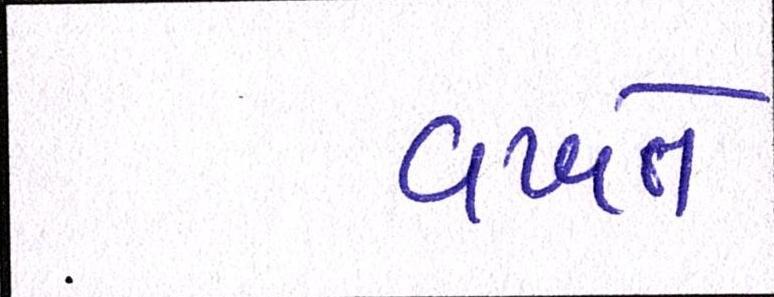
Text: વખતે